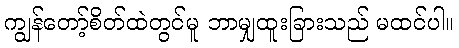
ကျွန်တော့်စိတ်ထဲတွင်မူ ဘာမျှထူးခြားသည် မထင်ပါ။